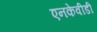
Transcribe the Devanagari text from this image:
एनकेवीडी